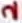
Text: 2